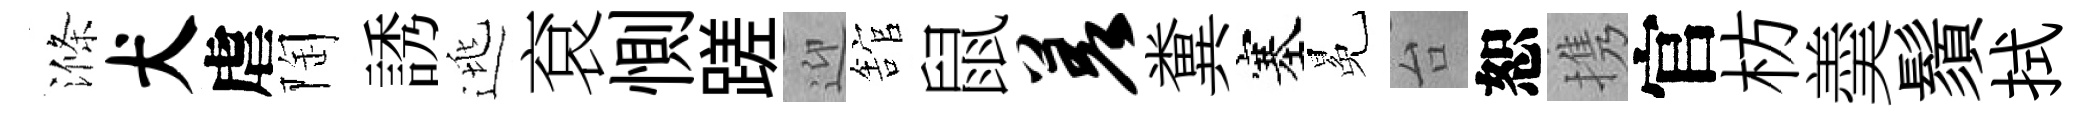
滌犬虐陶誘逃袞惻蹉迎舘鼠差糞塞冕台恕携官枋羮鬚拭